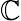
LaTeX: \sf\mathbb{C}